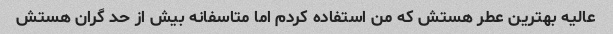
عالیه بهترین عطر هستش که من استفاده کردم اما متاسفانه بیش از حد گران هستش